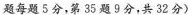
题每题5分，第35题9分，共32分)